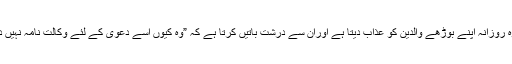
لیکن وہ روزانہ اپنے بوڑھے والدین کو عذاب دیتا ہے اوراُن سے درشت باتیں کرتا ہے کہ ”وہ کیوں اسے دعویٰ کے لئے وکالت نامہ نہیں دیتے ؟